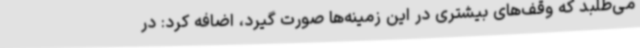
می‌طلبد که وقف‌های بیشتری در این زمینه‌ها صورت گیرد، اضافه کرد: در